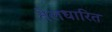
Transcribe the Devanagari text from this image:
तेलधारित